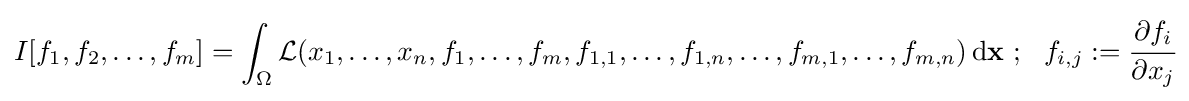
I[f_{1},f_{2},\dots ,f_{m}]=\int _{\Omega }{\mathcal {L}}(x_{1},\dots ,x_{n},f_{1},\dots ,f_{m},f_{1,1},\dots ,f_{1,n},\dots ,f_{m,1},\dots ,f_{m,n})\,\mathrm {d} \mathbf {x} \,\!~;~~f_{i,j}:={\cfrac {\partial f_{i}}{\partial x_{j}}}